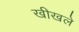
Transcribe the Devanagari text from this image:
खीखले